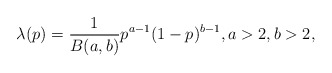
\begin{align*}\lambda(p) = \frac{1}{B(a,b)} p^{a-1} (1-p)^{b-1}, a>2,b>2,\end{align*}